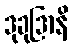
ဒုခုဒြာနိ